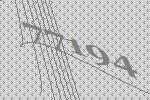
77194